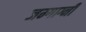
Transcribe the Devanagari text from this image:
जम्गाग्नी